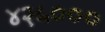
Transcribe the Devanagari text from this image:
४२५०००